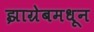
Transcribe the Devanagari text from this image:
झाग्रेबमधून